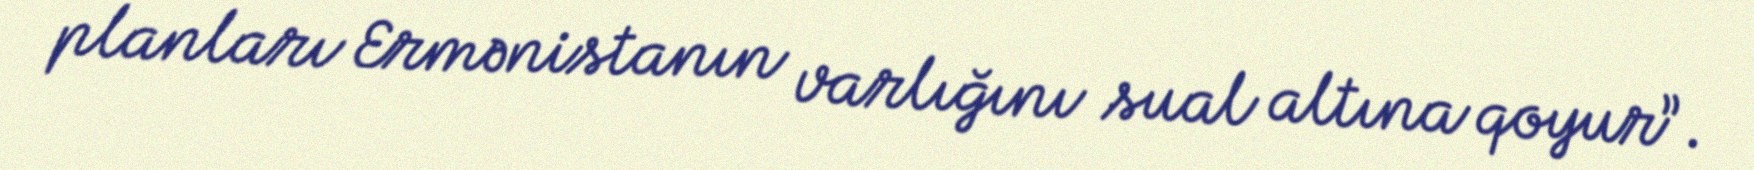
planları Ermənistanın varlığını sual altına qoyur”.